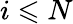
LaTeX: i\leqslant N